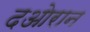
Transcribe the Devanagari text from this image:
दओरान